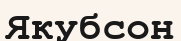
Якубсон